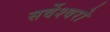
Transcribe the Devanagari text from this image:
सर्वेश्वरो